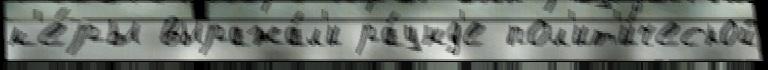
м'е́ры выража́л'и ра́унд'е пол'ит'и́ческой